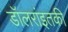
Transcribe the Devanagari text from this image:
डॉलरांइतकी